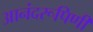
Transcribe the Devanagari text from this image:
आनंदरूपिणी